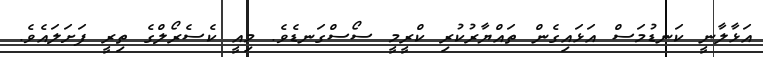
އަޅާލާނީ ކަނޑުމަސް އަޅައިގެން ތައްޔާރުކުރި ކްރީމީ ސޯސްގަނޑެވެ. މިއީ ކެސެރޯލްގެ ތިރީ ފަށަލައެވެ.